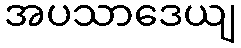
အပသာဒေယျ